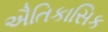
ઐતિકાસિક